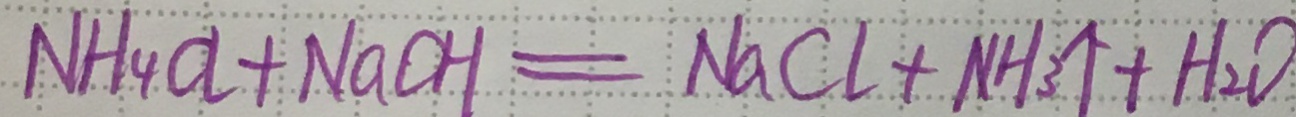
N H _ { 4 } C l + N a C H = N a C l + N H _ { 3 } \uparrow + H _ { 2 } O